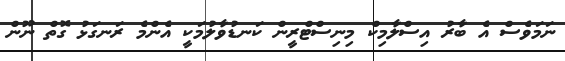
ނަމަވެސް އެ ބާރު އިސްލާމިކް މިނިސްޓްރީން ކަނޑުވާލުމަކީ އެންމެ ރަނގަޅު ގޮތް ނޫން